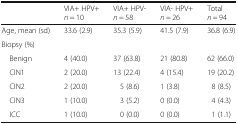
<table><thead><tr><td></td><td><b>VIA+ HPV+<i>n</i> = 10</b></td><td><b>VIA+ HPV-<i>n</i> = 58</b></td><td><b>VIA- HPV+<i>n</i> = 26</b></td><td><b>Total<i>n</i> = 94</b></td></tr></thead><tbody><tr><td>Age, mean (sd)</td><td>33.6 (2.9)</td><td>35.3 (5.9)</td><td>41.5 (7.9)</td><td>36.8 (6.9)</td></tr><tr><td colspan="5">Biopsy (%)</td></tr><tr><td> Benign</td><td>4 (40.0)</td><td>37 (63.8)</td><td>21 (80.8)</td><td>62 (66.0)</td></tr><tr><td> CIN1</td><td>2 (20.0)</td><td>13 (22.4)</td><td>4 (15.4)</td><td>19 (20.2)</td></tr><tr><td> CIN2</td><td>2 (20.0)</td><td>5 (8.6)</td><td>1 (3.8)</td><td>8 (8.5)</td></tr><tr><td> CIN3</td><td>1 (10.0)</td><td>3 (5.2)</td><td>0 (0.0)</td><td>4 (4.3)</td></tr><tr><td> ICC</td><td>1 (10.0)</td><td>0 (0.0)</td><td>0 (0.0)</td><td>1 (1.1)</td></tr></tbody></table>